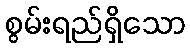
စွမ်းရည်ရှိသော